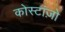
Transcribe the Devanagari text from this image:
कोस्टांज़ो